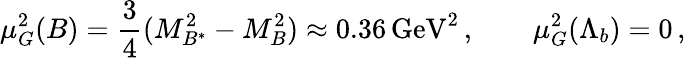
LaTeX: \mu_{G}^{2}(B)=\frac 34(M_{B^{*}}^{2}-M_{B}^{2})\approx 0.36\, \mathrm{GeV}^{2}\, ,\qquad\mu_{G}^{2}(\Lambda_{b})=0\, ,